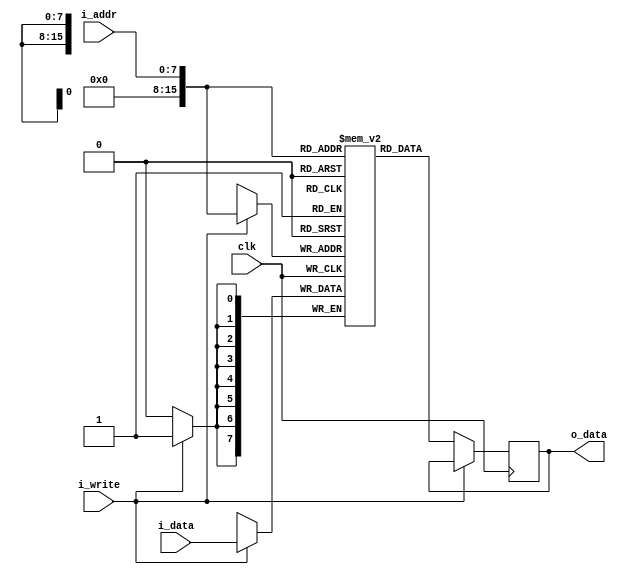
module sram #(parameter ADDRESS_WIDTH = 8, DATA_WIDTH = 8, DEPTH = 256)(
    input wire clk,  // clock
    input wire [ADDRESS_WIDTH - 1:0] i_addr,
    input wire i_write,
    input wire [DATA_WIDTH - 1:0] i_data,
    output reg [DATA_WIDTH - 1:0] o_data
  );
// DATA_WIDTH is the length of the numbers you would like to save
// DEPTH is how many numbers you would like to save. 
// ADDRESS_WIDTH is how many bits you need to uniquly identify each row. 
  reg [DATA_WIDTH - 1:0] memory_array [DEPTH-1:0] [DEPTH-1:0];
  //What makes this line different is that it is infered differently in this structure. 
  
  
  // i_write = 1, then we are writing data
  // i_write =0, then we are reading data to o_data
  /* Sequential Logic */
  always @(posedge clk) begin
    if (i_write) begin
      memory_array[i_addr] <= i_data;
      // Add flip-flop reset values here
    end 
    else begin
      o_data <= memory_array[i_addr];
      // Add flip-flop q <= d statements here
    end
  end
  
endmodule